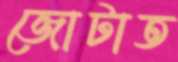
জোটাত